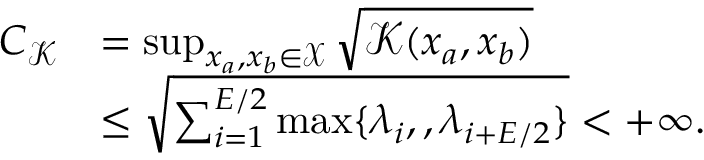
\begin{array} { r l } { C _ { \ensuremath { \mathscr { K } } } } & { = \operatorname* { s u p } _ { x _ { a } , x _ { b } \in \ensuremath { \mathscr { X } } } \sqrt { \ensuremath { \mathscr { K } } ( x _ { a } , x _ { b } ) } } \\ & { \leq \sqrt { \sum _ { i = 1 } ^ { E / 2 } \operatorname* { m a x } \{ \lambda _ { i } , , \lambda _ { i + E / 2 } \} } < + \infty . } \end{array}